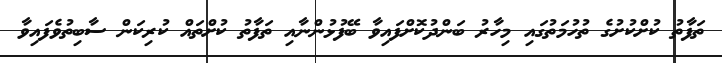
ތަފާތު ކުށްކުށުގެ ތުހުމަތުގައި މިހާރު ބަންދުކޮށްފައިވާ ބޭފުޅުންނާއި ތަފާތު ކުށްތައް ކުރިކަން ސާބިތުވެފައިވާ